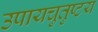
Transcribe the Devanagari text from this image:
उपायचुतुष्टय